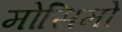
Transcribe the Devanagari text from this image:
मोसिमो